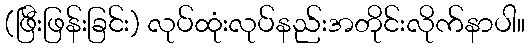
(ဖြီးဖြန်းခြင်း) လုပ်ထုံးလုပ်နည်းအတိုင်းလိုက်နာပါ။